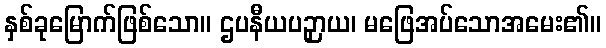
နှစ်ခုမြောက်ဖြစ်သော။ ဌပနီယပဉှာယ၊ မဖြေအပ်သောအမေး၏။